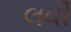
લવી